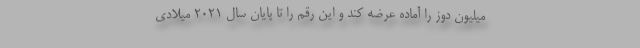
میلیون دوز را آماده عرضه کند و این رقم را تا پایان سال ۲۰۲۱ میلادی